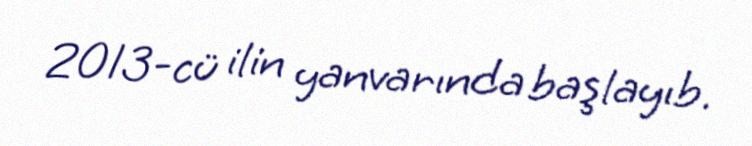
2013-cü ilin yanvarında başlayıb.